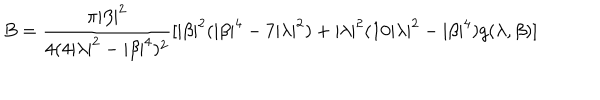
LaTeX: B = \frac { \pi | \beta | ^ { 2 } } { 4 ( 4 | \lambda | ^ { 2 } - | \beta | ^ { 4 } ) ^ { 2 } } [ | \beta | ^ { 2 } ( | \beta | ^ { 4 } - 7 | \lambda | ^ { 2 } ) + | \lambda | ^ { 2 } ( 1 0 | \lambda | ^ { 2 } - | \beta | ^ { 4 } ) g ( \lambda , \beta ) ]